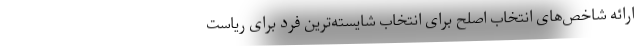
ارائه شاخص‌های انتخاب اصلح برای انتخاب شایسته‌ترین فرد برای ریاست